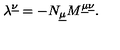
\lambda ^ { \underline { { \nu } } } = - N _ { \underline { { \mu } } } M ^ { \underline { { \mu } } \underline { { \nu } } } .